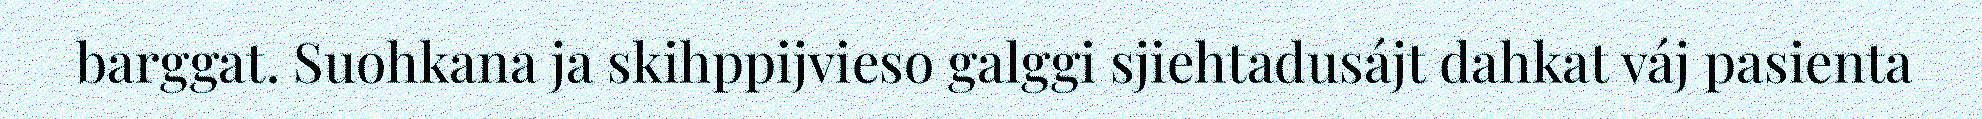
barggat. Suohkana ja skihppijvieso galggi sjiehtadusájt dahkat váj pasienta